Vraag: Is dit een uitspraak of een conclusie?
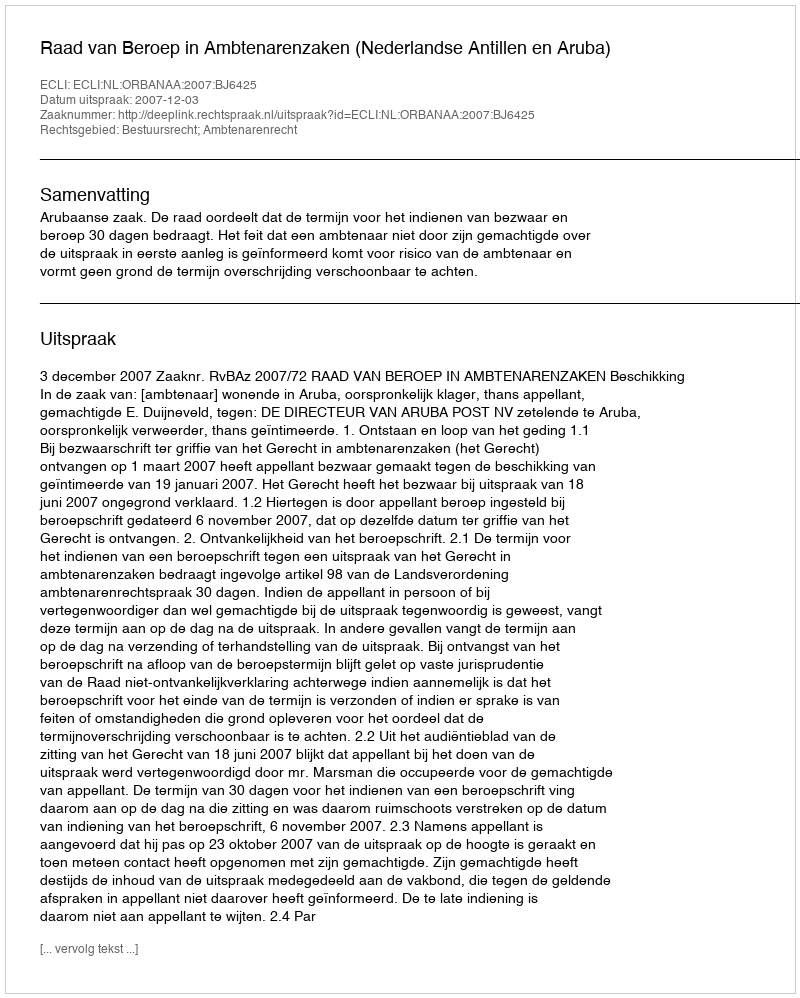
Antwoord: Uitspraak